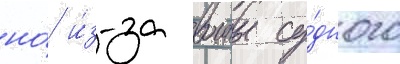
но́ и́з-за воины су́дного